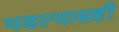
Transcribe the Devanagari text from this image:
घडल्यासही